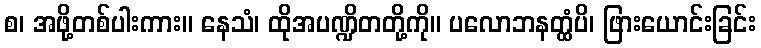
စ၊ အဖို့တစ်ပါးကား။ နေသံ၊ ထိုအပဏ္ဍိတတို့ကို။ ပလောဘနတ္ထံပိ၊ ဖြားယောင်းခြင်း